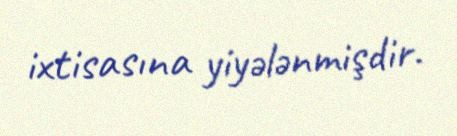
ixtisasına yiyələnmişdir.